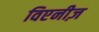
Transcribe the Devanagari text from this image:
विएनीज़